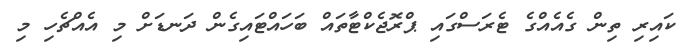
ކައިރި ތިން ގެއެއްގެ ޓެރަސްގައި ޕްރޮޖެކްޓާތައް ބަހައްޓައިގެން ދަނޑަށް މި އެއްޗެހި މި